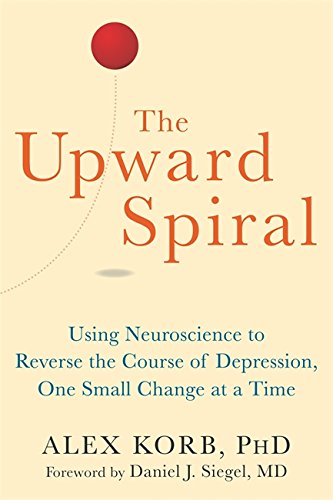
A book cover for The Upward Spiral: Using Neuroscience to Reverse the Course of Depression, One Small Change at a Time; Alex Korb PhD; Health, Fitness & Dieting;